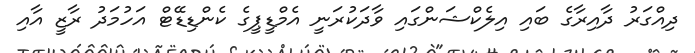
ދިއްގަރު ދާއިރާގެ ބައި އިލެކްޝަންގައި ވާދަކުރަނީ އެމްޑީޕީގެ ކެންޑިޑޭޓް އަހުމަދު ރާޒީ އާއި